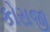
કોરાજી